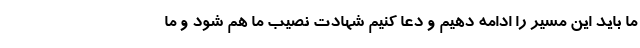
ما باید این مسیر را ادامه دهیم و دعا کنیم شهادت نصیب ما هم شود و ما